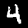
Label: 4